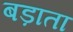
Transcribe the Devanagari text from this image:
बड़ाता